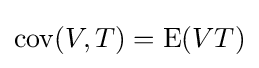
\operatorname {cov} (V,T)=\operatorname {E} (VT)